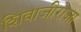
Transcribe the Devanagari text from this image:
शिवाजीराजा